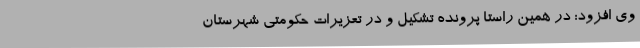
وی افزود: در همین راستا پرونده تشکیل و در تعزیرات حکومتی شهرستان